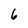
Character: 6